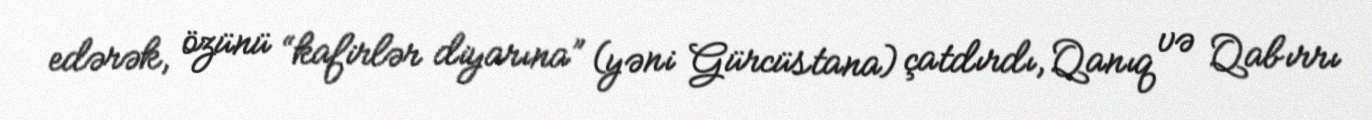
edərək, özünü “kafirlər diyarına” (yəni Gürcüstana) çatdırdı, Qanıq və Qabırrı